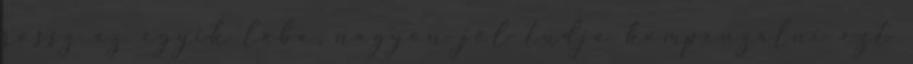
rossz az egyik lába, nagyon jól tudja kompenzálni ezt